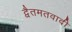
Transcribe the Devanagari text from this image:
द्वैतमतवादी